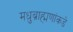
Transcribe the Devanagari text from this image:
मधुब्राह्मणांकडे